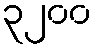
၃၂၀၀